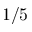
1 / 5